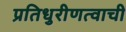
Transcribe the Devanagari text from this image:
प्रतिधुरीणत्वाची